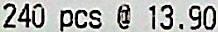
240 PCS @ 13.90